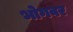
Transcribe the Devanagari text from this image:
भोगवर